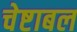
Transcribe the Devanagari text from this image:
चेष्टाबल